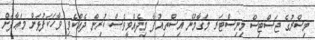
މިސްރުގެ ޖަސްޓިސް މިނިސްޓަރ މަގާމުން އިސްތިއުފާ މިދެއްވީވެސް ކުރިން ދެއްކެވި ވާހަކަފުޅަށް މަޢާފަށް